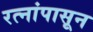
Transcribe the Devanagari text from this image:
रत्‍नांपासून